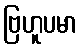
ဗြဟူပမာ